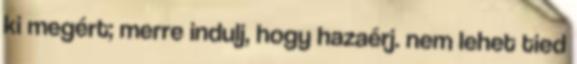
ki megért; merre indulj, hogy hazaérj. nem lehet tied